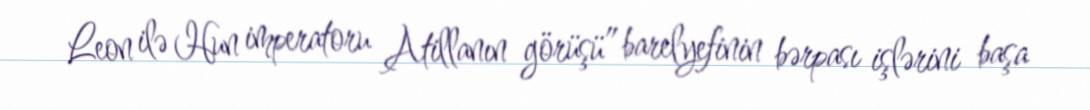
Leon ilə Hun imperatoru Atillanın görüşü” barelyefinin bərpası işlərini başa